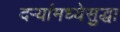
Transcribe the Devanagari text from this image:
दऱ्यांमध्येसुद्धा